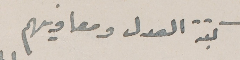
كتبة العدل ومعاوينهم